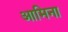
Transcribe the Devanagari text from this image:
आमिना